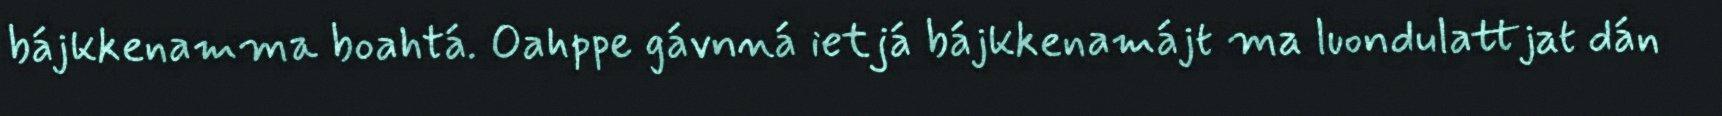
bájkkenamma boahtá. Oahppe gávnná ietjá bájkkenamájt ma luondulattjat dán